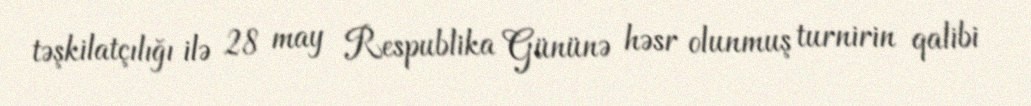
təşkilatçılığı ilə 28 may Respublika Gününə həsr olunmuş turnirin qalibi